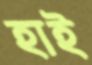
হাই